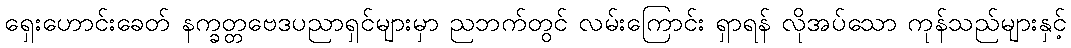
ရှေးဟောင်းခေတ် နက္ခတ္တဗေဒပညာရှင်များမှာ ညဘက်တွင် လမ်းကြောင်း ရှာရန် လိုအပ်သော ကုန်သည်များနှင့်